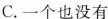
C.一个也没有